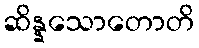
ဆိန္နသောတောတိ